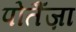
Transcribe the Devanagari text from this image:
पोतैंज़ा